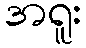
အရူး